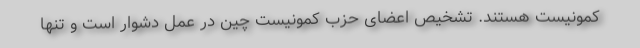
کمونیست هستند. تشخیص اعضای حزب کمونیست چین در عمل دشوار است و تنها